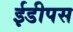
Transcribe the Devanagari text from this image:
ईडीपस